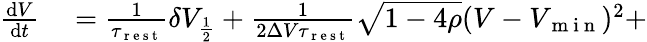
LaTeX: \begin{array}{rl}{\frac{\mathrm{d}V}{\mathrm{d}t}}&{{}=\frac{1}{\tau_{\mathrm{~r~e~s~t~}}}\delta V_{\frac{1}{2}}+\frac{1}{2\Delta V\tau_{\mathrm{~r~e~s~t~}}}\sqrt{1-4\rho}(V-V_{\mathrm{~m~i~n~}})^{2}+}\end{array}